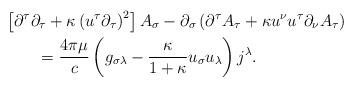
LaTeX: \begin{align*}& \left[ \partial^{\tau}\partial_{\tau}+\kappa\left( u^{\tau}\partial_{\tau}\right) ^{2}\right] A_{\sigma}-\partial_{\sigma}\left(\partial^{\tau}A_{\tau}+\kappa u^{\nu}u^{\tau}\partial_{\nu}A_{\tau}\right)\\& \qquad=\frac{4\pi\mu}{c}\left( g_{\sigma\lambda}-\frac{\kappa}{1+\kappa}u_{\sigma}u_{\lambda}\right) j^{\lambda}.\end{align*}